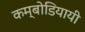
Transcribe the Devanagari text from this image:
कम्बोडियायी